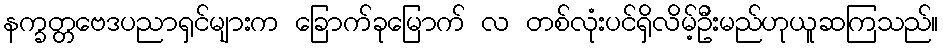
နက္ခတ္တဗေဒပညာရှင်များက ခြောက်ခုမြောက် လ တစ်လုံးပင်ရှိလိမ့်ဦးမည်ဟုယူဆကြသည်။